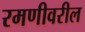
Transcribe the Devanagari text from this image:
रमणीवरील